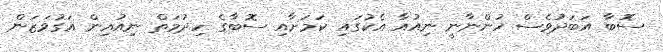
ސޮބާ އަބަދުވެސް ހުންނާނީ ނިއުއާ އެކުގައި ކަމަށާއި ސޮބާގެ ހިދުމަތް ނިއުއިން އަގުވަޒަން